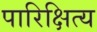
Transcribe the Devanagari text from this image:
पारिक्षित्य